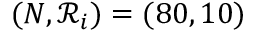
( N , \mathcal { R } _ { i } ) = ( 8 0 , 1 0 )